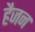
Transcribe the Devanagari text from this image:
हैजन